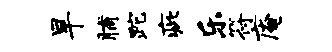
旱脯跎疵乐符庵